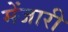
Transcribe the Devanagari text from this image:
मेंजारी